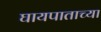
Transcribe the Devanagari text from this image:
घायपाताच्या